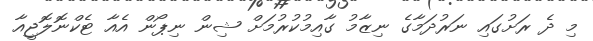
މި ދެ ރަށުގައި ނަރުދަމާގެ ނިޒާމު ގާއިމުކުރުމަށް ޝިން ނިޕޯން އެއާ ޓެކްނޮލޮޖީއާ